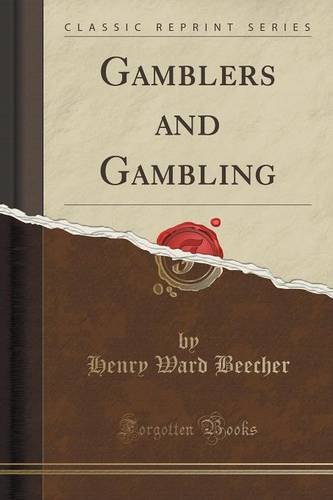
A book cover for Gamblers and Gambling (Classic Reprint); Henry Ward Beecher; Health, Fitness & Dieting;